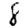
Digit: 8